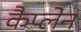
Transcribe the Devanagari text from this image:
कैप्लेन